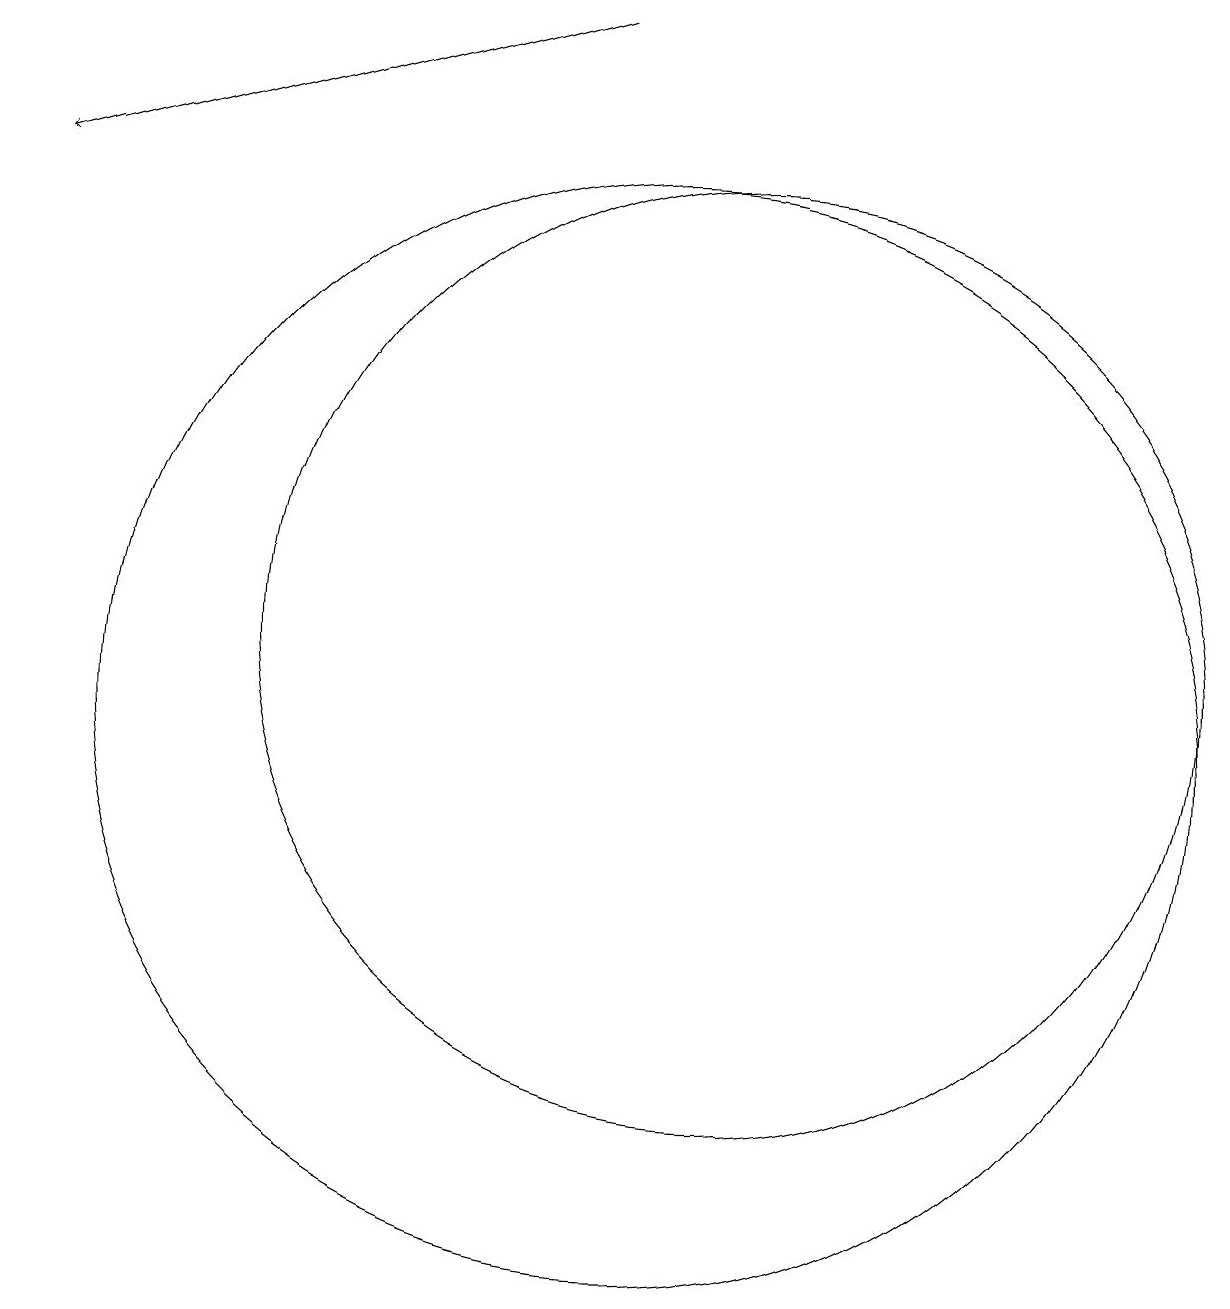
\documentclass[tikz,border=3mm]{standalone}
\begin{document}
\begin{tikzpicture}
\draw[->] (9,19) -- (2,17);
\draw (10,10) circle (7);
\draw (11,11) circle (6);
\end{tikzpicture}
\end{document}